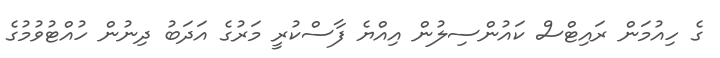
ގެ ހިއުމަން ރައިޓްސް ކައުންސިލުން އިއްޔެ ފާސްކުރީ މަރުގެ އަދަބު ދިނުން ހުއްޓުވުމުގެ